画像に写った文字を読んでください
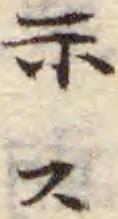
「示ス」と書いてあります